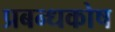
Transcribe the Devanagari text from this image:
प्रबन्धकोष